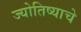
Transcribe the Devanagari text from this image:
ज्योतिष्याचे